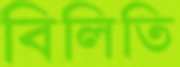
বিলিতি